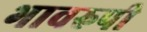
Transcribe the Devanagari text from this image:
भावरुपी